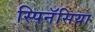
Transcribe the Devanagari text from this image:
स्पिनॅसिया